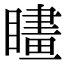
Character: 𥊮